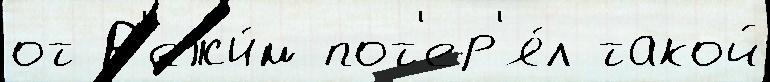
от Р'ежи́м пот'ер'я́л такой